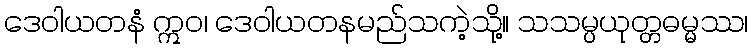
ဒေဝါယတနံ ဣဝ၊ ဒေဝါယတနမည်သကဲ့သို့။ သသမ္ပယုတ္တဓမ္မဿ၊